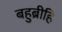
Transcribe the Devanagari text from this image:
बहुब्रीहि